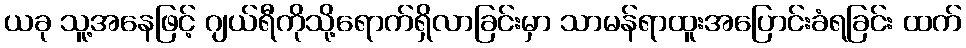
ယခု သူ့အနေဖြင့် ဂျယ်ရီကိုသို့ရောက်ရှိလာခြင်းမှာ သာမန်ရာထူးအပြောင်းခံရခြင်း ထက်